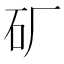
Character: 𬑹